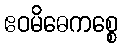
ဧဝမိဓေကစ္စေ